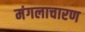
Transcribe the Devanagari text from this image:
मंगलाचारण